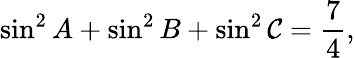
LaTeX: \sin^{2}A+\sin^{2}B+\sin^{2}\mathcal{C}={\frac{{7}}{{4}}},